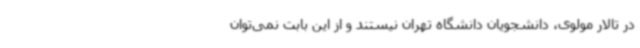
در تالار مولوی، دانشجویان دانشگاه تهران نیستند و از این بابت نمی‌توان